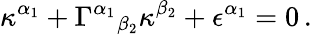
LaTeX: \kappa^{\alpha_{1}}+\Gamma^{\alpha_{1}}{}_{\beta_{2}}\kappa^{\beta_{2}}+\epsilon^{\alpha_{1}}=0\, .